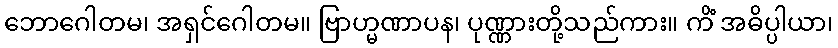
ဘောဂေါတမ၊ အရှင်ဂေါတမ။ ဗြာဟ္မဏာပန၊ ပုဏ္ဏားတို့သည်ကား။ ကိံ အဓိပ္ပါယာ၊